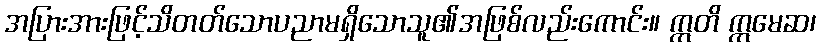
အပြားအားဖြင့်သိတတ်သောပညာမရှိသောသူ၏အဖြစ်လည်းကောင်း။ ဣတိ ဣမေဆ၊